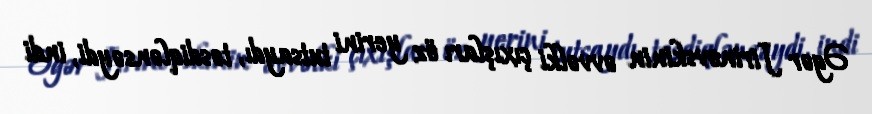
Əgər Jirinovskinin əvvəlki çıxışları öz yerini tutsaydı, təsdiqlənsəydi, indi